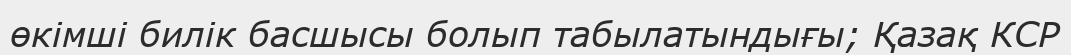
өкімші билік басшысы болып табылатындығы; Қазақ КСР